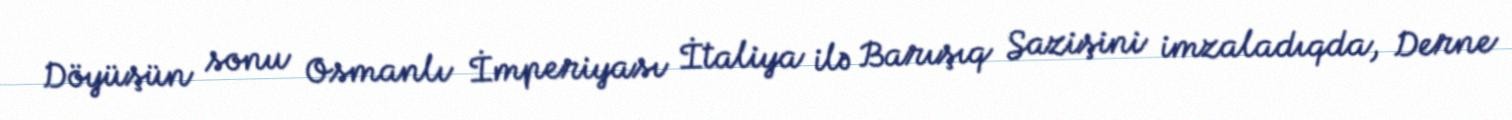
Döyüşün sonu Osmanlı İmperiyası İtaliya ilə Barışıq Sazişini imzaladıqda, Derne